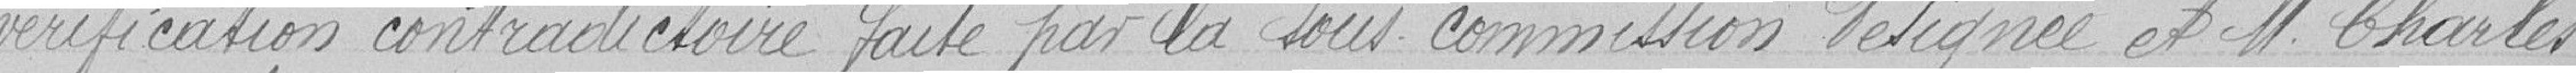
vérification contradictoire faite par la sous commission désignée et Monsieur Charles